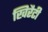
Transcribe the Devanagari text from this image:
खिरैटी